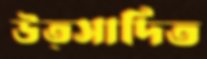
উত্সাদিত